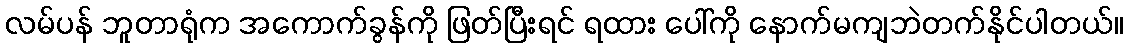
လမ်ပန် ဘူတာရုံက အကောက်ခွန်ကို ဖြတ်ပြီးရင် ရထား ပေါ်ကို နောက်မကျဘဲတက်နိုင်ပါတယ်။